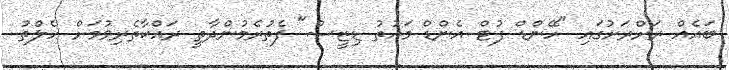
ބައެއް ރަށްރަށުގައި "ހޭންޑް ފުޓް އެންޑް މައުތު ޑިޒީސް" ފެތުރެމުންދާތީ ރައްކާތެރިވުމަށް ހެލްތު